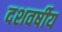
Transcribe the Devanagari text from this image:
दशवर्षीय